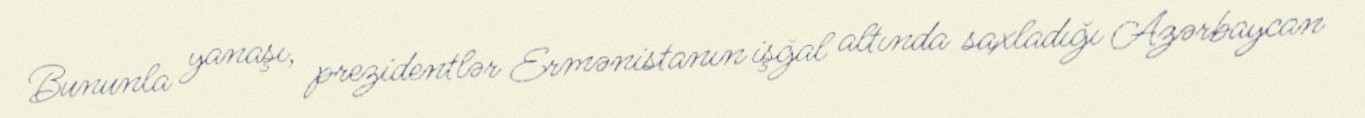
Bununla yanaşı, prezidentlər Ermənistanın işğal altında saxladığı Azərbaycan